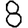
Digit: 8